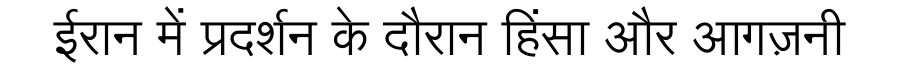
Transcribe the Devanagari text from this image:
ईरान में प्रदर्शन के दौरान हिंसा और आगज़नी